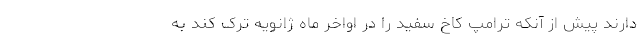
دارند پیش از آنکه ترامپ کاخ سفید را در اواخر ماه ژانویه ترک کند به